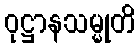
ဝုဋ္ဌာနသမ္မုတိ